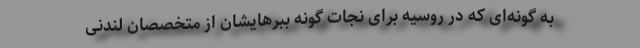
به گونه‌ای که در روسیه برای نجات گونه ببرهایشان از متخصصان لندنی